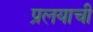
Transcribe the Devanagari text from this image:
प्रलयाची